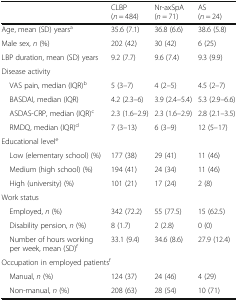
<table><thead><tr><td></td><td><b>CLBP (<i>n</i> = 484)</b></td><td><b>Nr-axSpA (<i>n</i> = 71)</b></td><td><b>AS (<i>n</i> = 24)</b></td></tr></thead><tbody><tr><td>Age, mean (SD) years<sup>a</sup></td><td>35.6 (7.1)</td><td>36.8 (6.6)</td><td>38.6 (5.8)</td></tr><tr><td>Male sex, <i>n</i> (%)</td><td>202 (42)</td><td>30 (42)</td><td>6 (25)</td></tr><tr><td>LBP duration, mean (SD) years</td><td>9.2 (7.7)</td><td>9.6 (7.4)</td><td>9.3 (9.9)</td></tr><tr><td colspan="4">Disease activity</td></tr><tr><td> VAS pain, median (IQR)<sup>b</sup></td><td>5 (3–7)</td><td>4 (2–5)</td><td>4.5 (2–7)</td></tr><tr><td> BASDAI, median (IQR)</td><td>4.2 (2.3–6)</td><td>3.9 (2.4–5.4)</td><td>5.3 (2.9–6.6)</td></tr><tr><td> ASDAS-CRP, median (IQR)<sup>c</sup></td><td>2.3 (1.6–2.9)</td><td>2.3 (1.6–2.9)</td><td>2.8 (2.1–3.5)</td></tr><tr><td> RMDQ, median (IQR)<sup>d</sup></td><td>7 (3–13)</td><td>6 (3–9)</td><td>12 (5–17)</td></tr><tr><td colspan="4">Educational level<sup>e</sup></td></tr><tr><td> Low (elementary school) (%)</td><td>177 (38)</td><td>29 (41)</td><td>11 (46)</td></tr><tr><td> Medium (high school) (%)</td><td>194 (41)</td><td>24 (34)</td><td>11 (46)</td></tr><tr><td> High (university) (%)</td><td>101 (21)</td><td>17 (24)</td><td>2 (8)</td></tr><tr><td colspan="4">Work status</td></tr><tr><td> Employed, <i>n</i> (%)</td><td>342 (72.2)</td><td>55 (77.5)</td><td>15 (62.5)</td></tr><tr><td> Disability pension, <i>n</i> (%)</td><td>8 (1.7)</td><td>2 (2.8)</td><td>0 (0)</td></tr><tr><td> Number of hours working per week, mean (SD)<sup>f</sup></td><td>33.1 (9.4)</td><td>34.6 (8.6)</td><td>27.9 (12.4)</td></tr><tr><td colspan="4">Occupation in employed patients<sup>f</sup></td></tr><tr><td> Manual, <i>n</i> (%)</td><td>124 (37)</td><td>24 (46)</td><td>4 (29)</td></tr><tr><td> Non-manual, <i>n</i> (%)</td><td>208 (63)</td><td>28 (54)</td><td>10 (71)</td></tr></tbody></table>